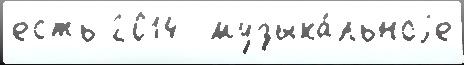
есть 2014  музыка́льноjе